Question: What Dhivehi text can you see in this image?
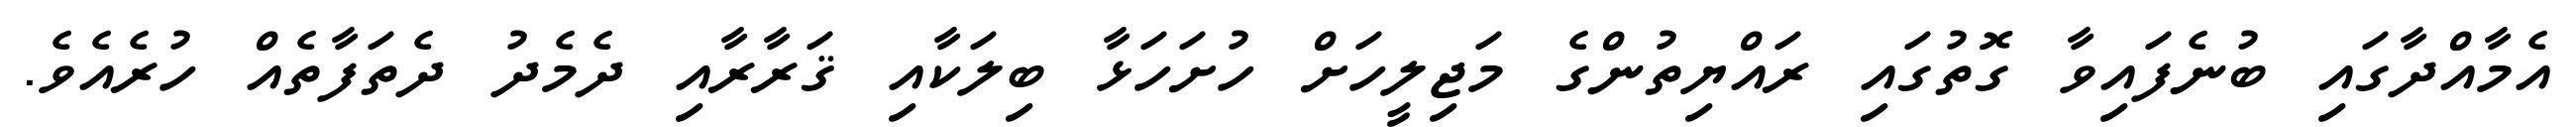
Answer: އެމާއްދާގައި ބުނެފައިވާ ގޮތުގައި ރައްޔިތުންގެ މަޖިލީހަށް ހުށަހަޅާ ބިލަކާއި ޤަރާރާއި ދެމެދު ދެތަފާތެއް ހުރެއެވެ.